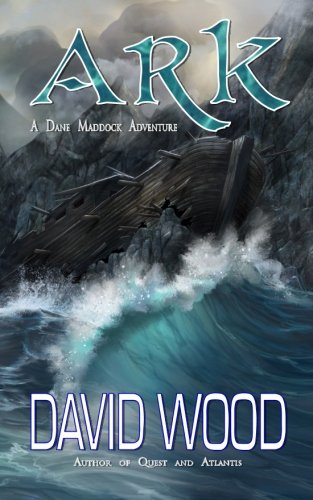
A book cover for Ark: A Dane Maddock Adventure (Dane Maddock Adventures) (Volume 7); David Wood; Literature & Fiction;